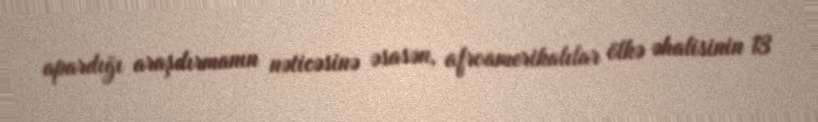
apardığı araşdırmanın nəticəsinə əsasən, afroamerikalılar ölkə əhalisinin 13